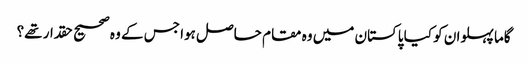
گاما پہلوان کو کیا پاکستان میں وہ مقام حاصل ہوا جس کے وہ صحیح حقدار تھے؟